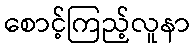
စောင့်ကြည့်လူနာ